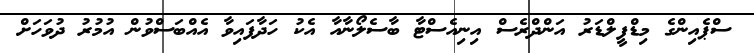
ސްޕެއިންގެ މިޑްފީލްޑަރު އަންދްރެސް އިނިއެސްޓާ ބާސެލޯނާއާ އެކު ހަދާފައިވާ އެއްބަސްވުން އުމުރު ދުވަހަށް